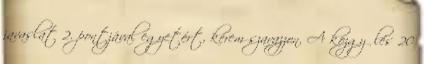
javaslat 2. pontjával egyetért, kérem szavazzon. A közgyűlés 20